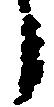
う